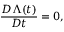
\frac { { \cal D } \Lambda ( t ) } { { \cal D } t } = 0 ,